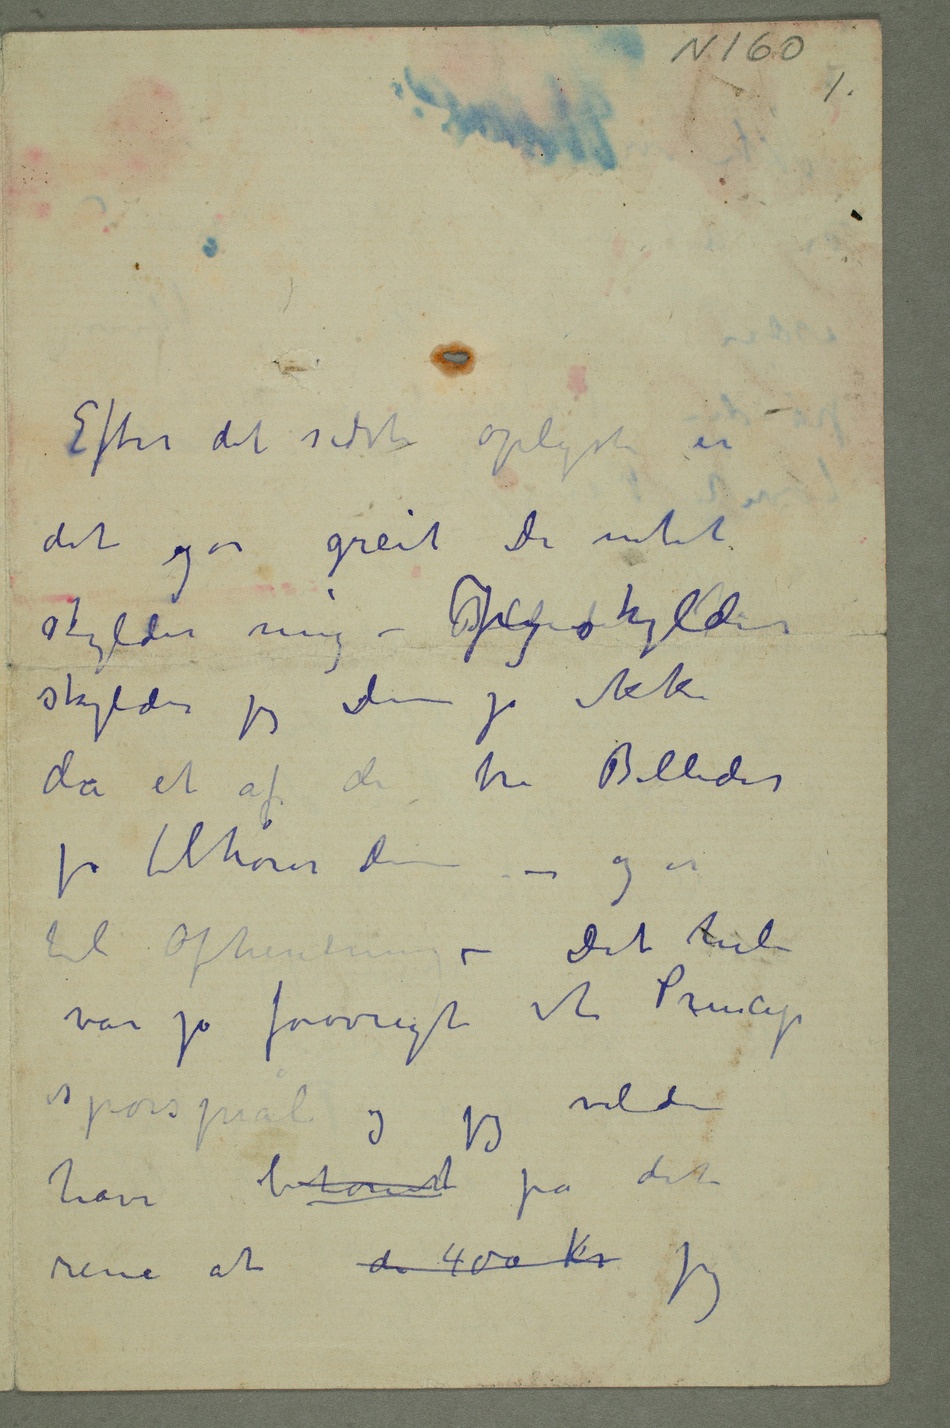
Efter det sidste oplyste er
det går greit De intet
skylder mig – BJeg skylder
skylder jeg Dem jo ikke
da et av de tre Billeder
jo tilhører Dem – og er
til Afhenting – Det hele
var jo forøvrigt et Princip
spørsmål og jeg
have betonet på det
rene at de 400 kr jeg